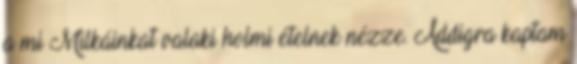
a mi Milkáinkat valaki holmi ételnek nézze. Addigra kaptam